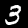
Label: 3